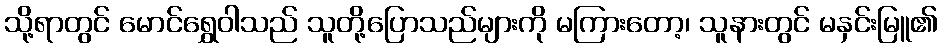
သို့ရာတွင် မောင်ရွှေဝါသည် သူတို့ပြောသည်များကို မကြားတော့၊ သူနားတွင် မနှင်းမြူ၏